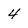
Character: 4